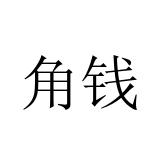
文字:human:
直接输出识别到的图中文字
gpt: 角钱